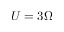
U = 3 \Omega